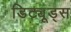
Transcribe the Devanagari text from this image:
डिट्यूड्स